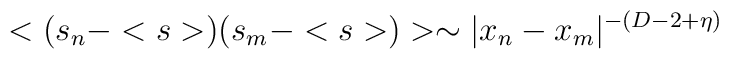
<(s_{n}-
)(s_{m}-
)>\sim |x_{n}-x_{m}|^{-(D-2+\eta)}